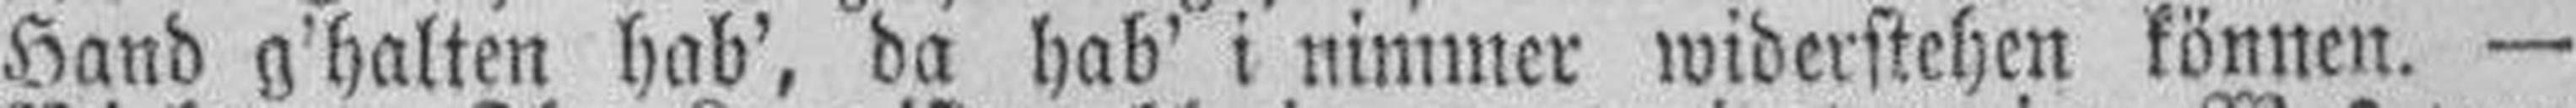
Hand g'halten hab', da hab' i nimmer widerstehen können. —